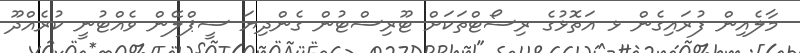
މާލެއިން ފުރައިގެން ޅ އަތޮޅުގެ ރިސޯޓްތަކަށް ޓޫރިސްޓުން ގެންދިޔަ ސީޕްލޭން ވެއްޓުނީ ކުރެއްދޫ